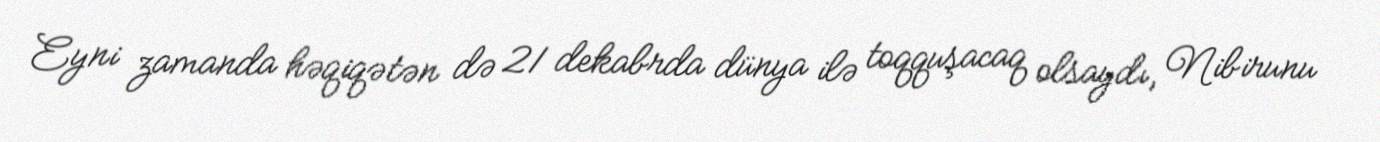
Eyni zamanda həqiqətən də 21 dekabrda dünya ilə toqquşacaq olsaydı, Nibirunu